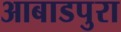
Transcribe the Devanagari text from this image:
आबाडपुरा